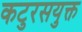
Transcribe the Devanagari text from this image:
कटुरसयुक्त